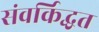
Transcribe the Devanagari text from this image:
संवर्किद्धत